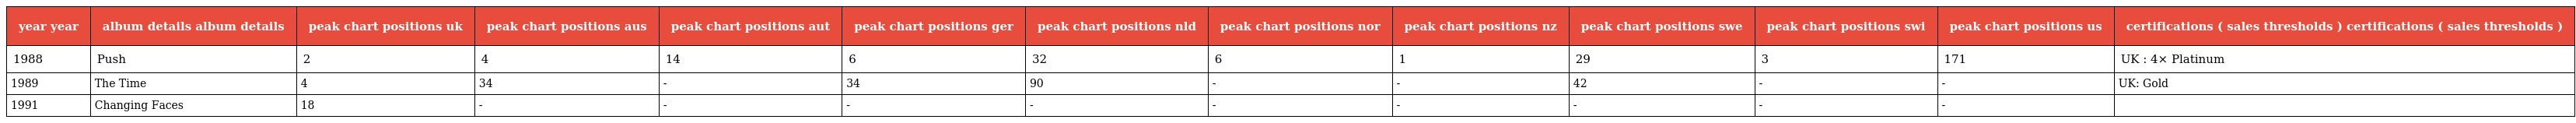
| year year | album details album details | peak chart positions uk | peak chart positions aus | peak chart positions aut | peak chart positions ger | peak chart positions nld | peak chart positions nor | peak chart positions nz | peak chart positions swe | peak chart positions swi | peak chart positions us | certifications ( sales thresholds ) certifications ( sales thresholds ) |
 | --- | --- | --- | --- | --- | --- | --- | --- | --- | --- | --- | --- | --- |
 | 1988 | Push | 2 | 4 | 14 | 6 | 32 | 6 | 1 | 29 | 3 | 171 | UK : 4× Platinum |
 | 1989 | The Time | 4 | 34 | - | 34 | 90 | - | - | 42 | - | - | UK: Gold |
 | 1991 | Changing Faces | 18 | - | - | - | - | - | - | - | - | - |  |